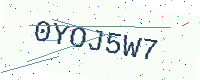
Text: 0YOJ5W7